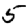
Digit: 5